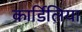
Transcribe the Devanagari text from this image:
कार्डिलिया